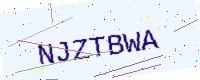
Text: NJZTBWA